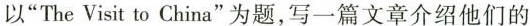
以”The Visit to China”为题，写一篇文章介绍他们的